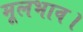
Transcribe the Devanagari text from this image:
मूलभाव।